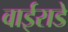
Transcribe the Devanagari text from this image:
वाईराडे